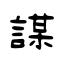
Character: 謀